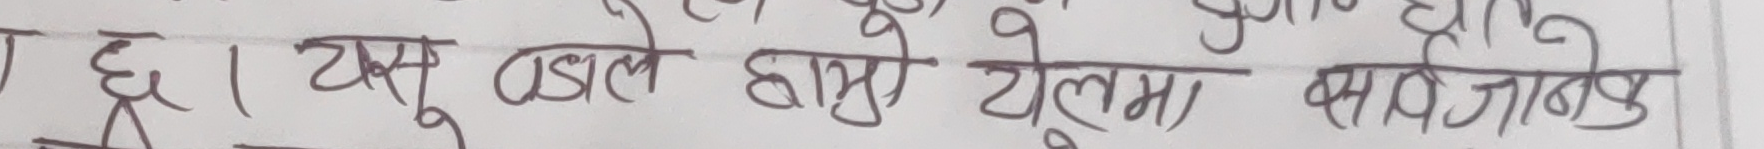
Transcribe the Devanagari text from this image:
छु। यस् वडाले हाम्रो यूएलम साभे जानेछ।